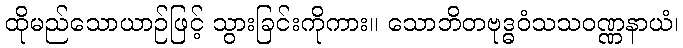
ထိုမည်သောယာဉ်ဖြင့် သွားခြင်းကိုကား။ သောဘိတဗုဒ္ဓဝံသသဝဏ္ဏနာယံ၊